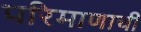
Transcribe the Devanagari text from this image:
परिमाणाची